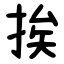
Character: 挨